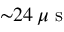
{ \sim } 2 4 \, \mu \mathrm { ~ s ~ }